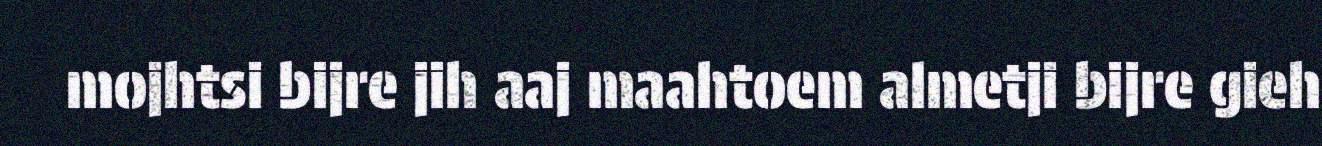
mojhtsi bijre jih aaj maahtoem almetji bijre gieh